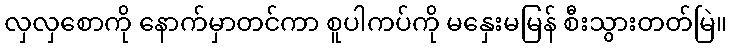
လှလှစောကို နောက်မှာတင်ကာ စူပါကပ်ကို မနှေးမမြန် စီးသွားတတ်မြဲ။